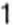
1